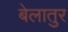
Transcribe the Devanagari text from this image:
बेलातुर